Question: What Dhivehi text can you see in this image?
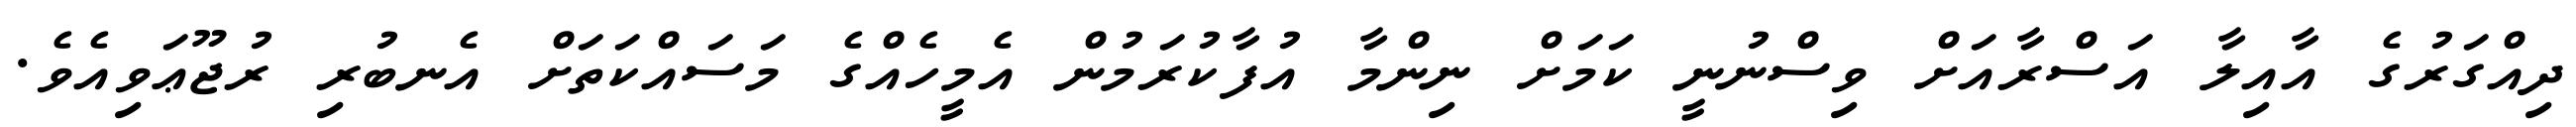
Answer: ދިއްގަރުގެ އާއިލާ އަސްރާއަށް ވިސްނުނީ ކަމަށް ނިންމާ އުފާކުރަމުން އެމީހެއްގެ މަސައްކަތަށް އެނބުރި ރުޖޫޢަވިއެވެ.